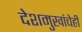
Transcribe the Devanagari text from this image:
देशमुखांचेही